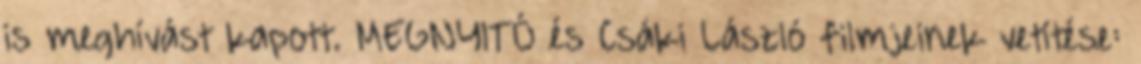
is meghívást kapott. MEGNYITÓ és Csáki László filmjeinek vetítése: